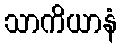
သာကိယာနံ